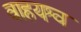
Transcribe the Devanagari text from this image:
वाहयश्व